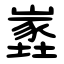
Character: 嶳